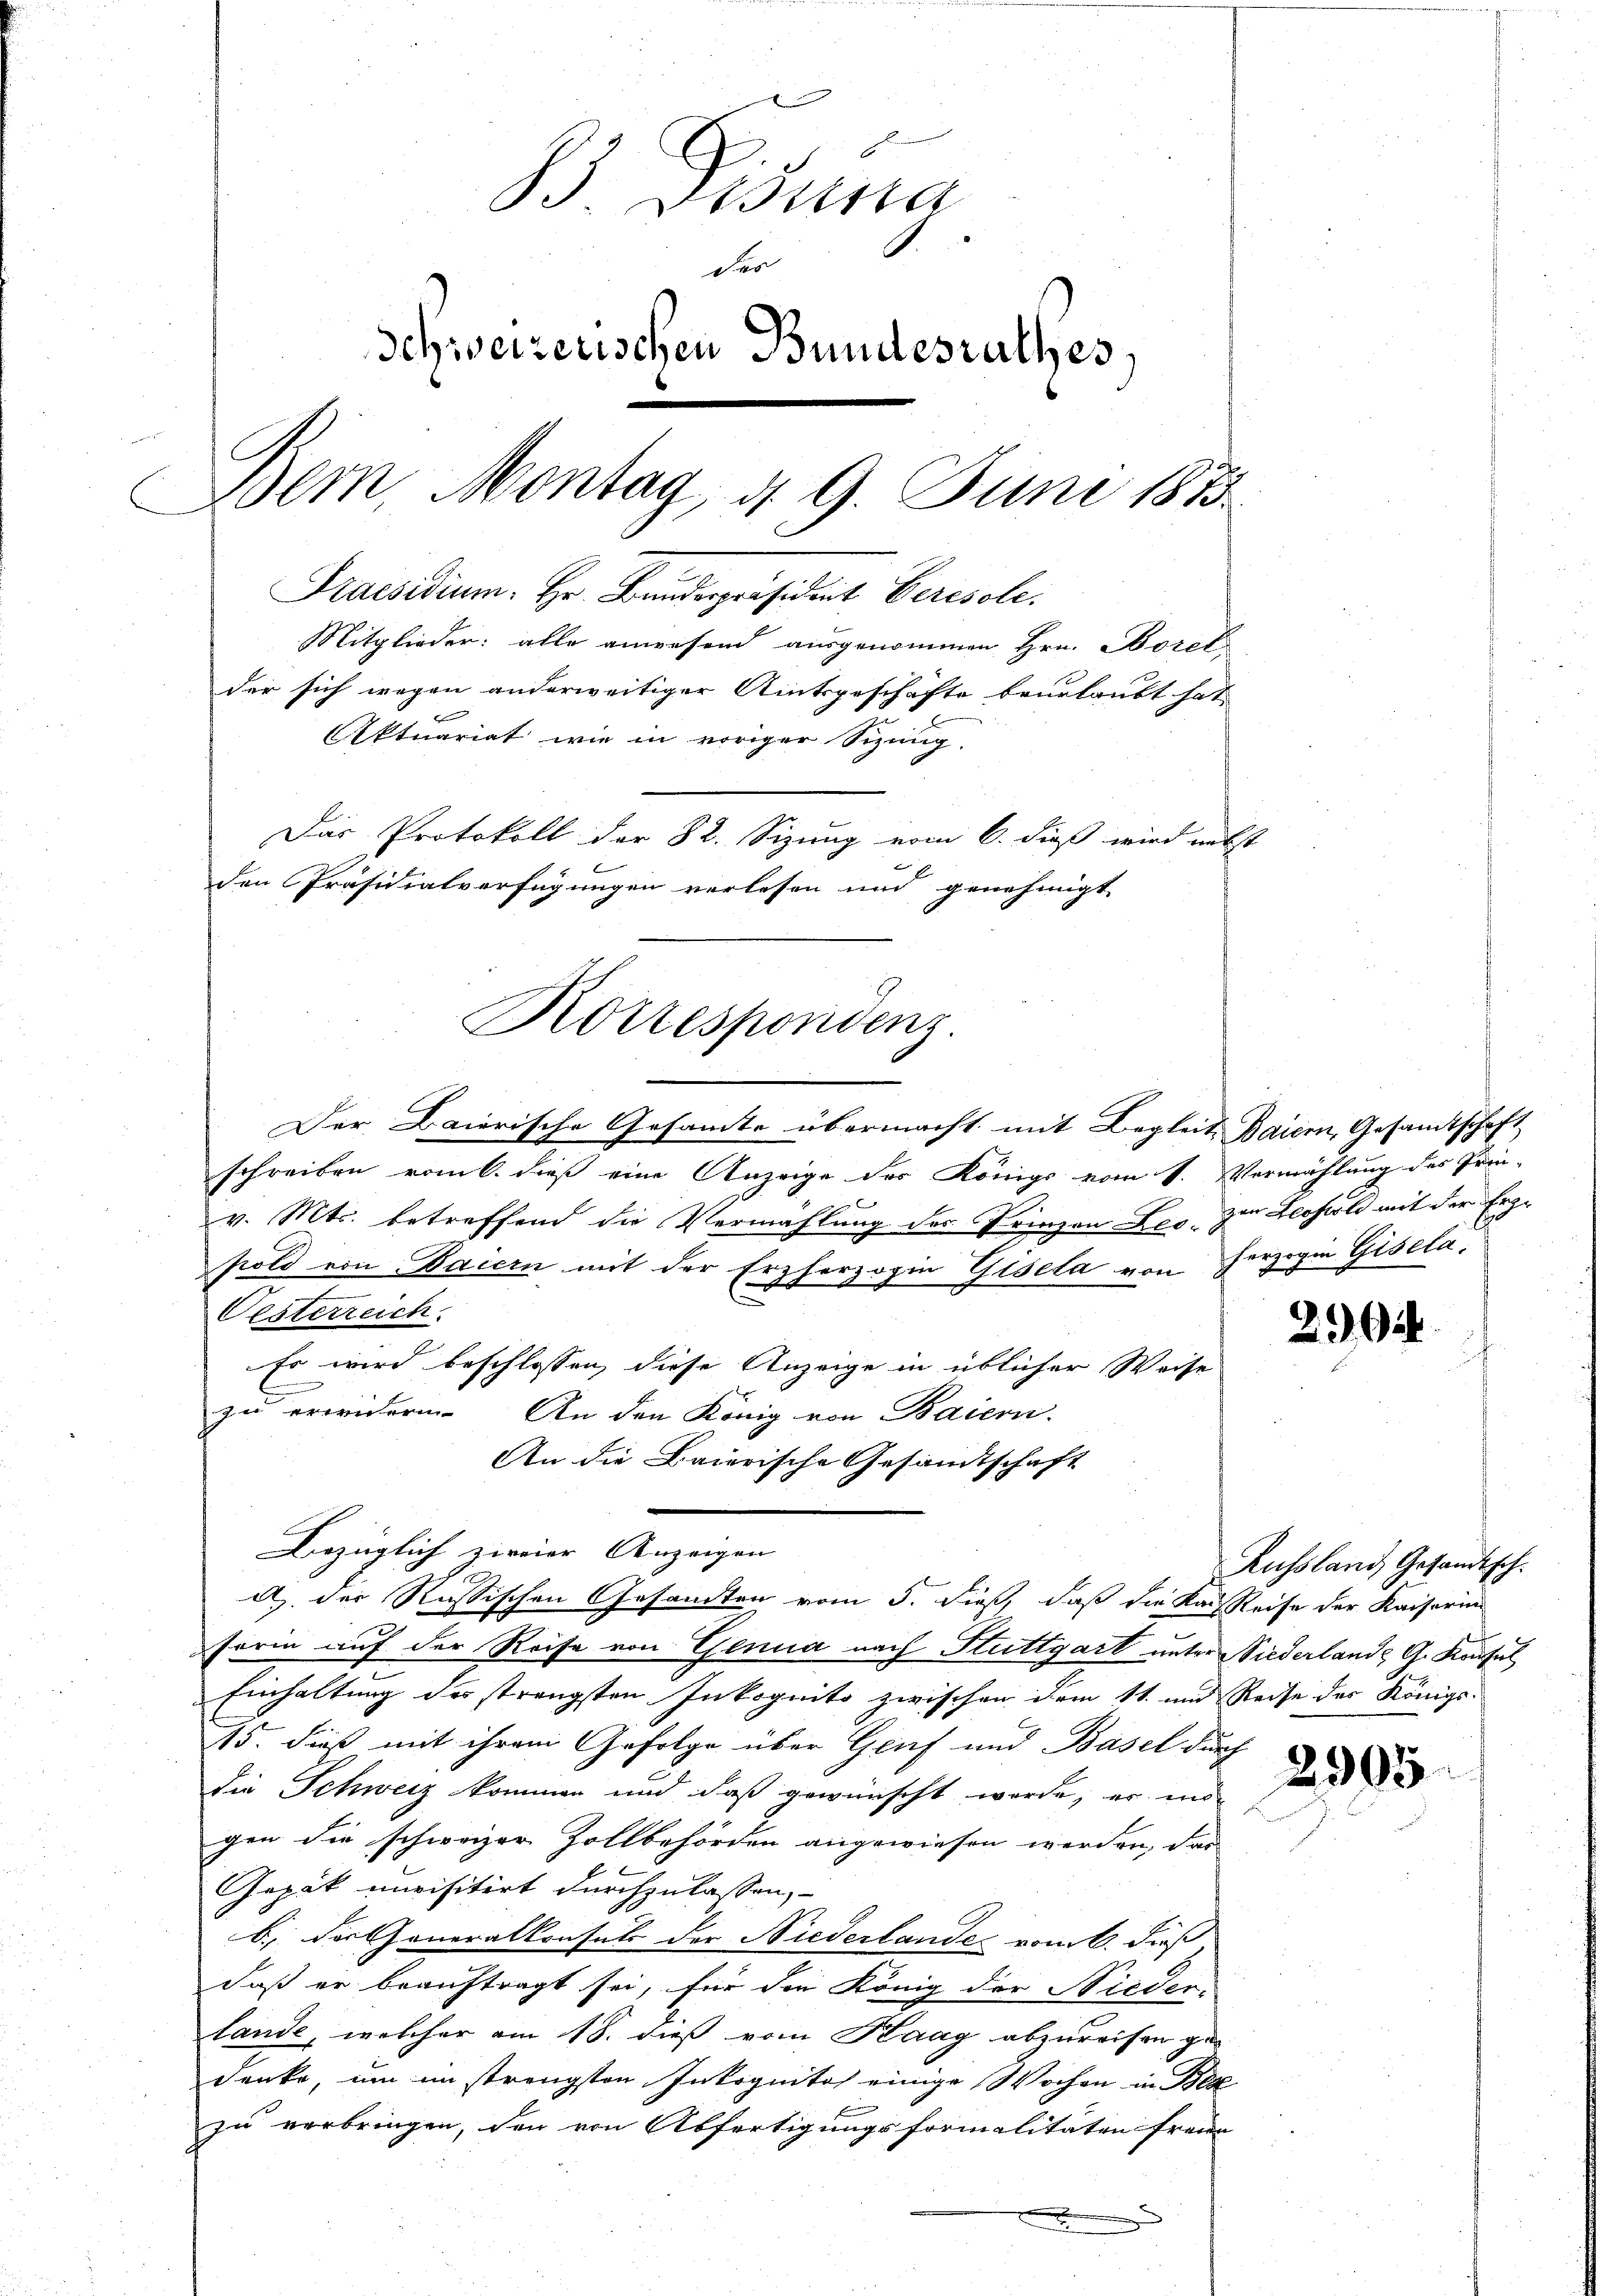
B. Disena
der
Schweizerischen Bundesrathes,
Bem, Montag, d. 9. Juni 1873.
Praesidium. Hr. Bundespräsident Ceresole.
Mitglieder: alle anwesend ausgenommen Hrn. Borel
der sich wegen anderweitiger Amtsgeschäfte beurlaubt hat
Aktuariat wie in voriger Sizung.
Das Protokoll der 82. Sizung vom 6. dieß wird nebst
den Präsidialverfügungen verlesen und genehmigt

Korrespondenz

Der Baierische Gesamte übermacht mit Begleit Baiern, Gesandtschaft
schreiben vom 6. dieß eine Anzeige des Königs vom 1. Vermählung des Prin-
u
v. Mts. betreffend die Vermählung des Prinzen Leo zu Leopold mit der Erzpold von Baiern mit der Erzherzogin Gisela von Herzogin Gisela¬
Oesterreich.
Es wird beschlossen, diese Anzeige in üblicher Weise
zu erwidern. An den König von Baiern.
An die Baierische Gesandtschaft
Bezüglich zweier Anzeigen
forin auf der Reise von Genua nach Stuttgart unter Niederlande G. Konsul
Einhaltung des strengsten Inkognito zwischen dem 11. und Reise der Königl.
15. dieß mit ihrem Gefolge über Genf und Basel durch
die Schweiz kommen und daß gewünscht werde, er mi
gen die schweizer Zollbehörden angewiesen werden, das
Gepät unvisitirt durchzulassen,
b.) Der Generalkonsuls der Niederlande vom 6. dieß,
daß er beauftragt sei, für den König der Nieder-
lande, welcher am 18. dieß vom Kaag abzureisen ge-
denke, um im strengsten Inkognito einige Wochen in Bes
zu verbringen, den von Abfertigungsformalitäten freien

a der Russischen Gesandten vom 5. dieß, daß die Kaufsteife der Kaiserin

26

Russland Gesandtsch.

2905